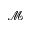
\mathcal { M }